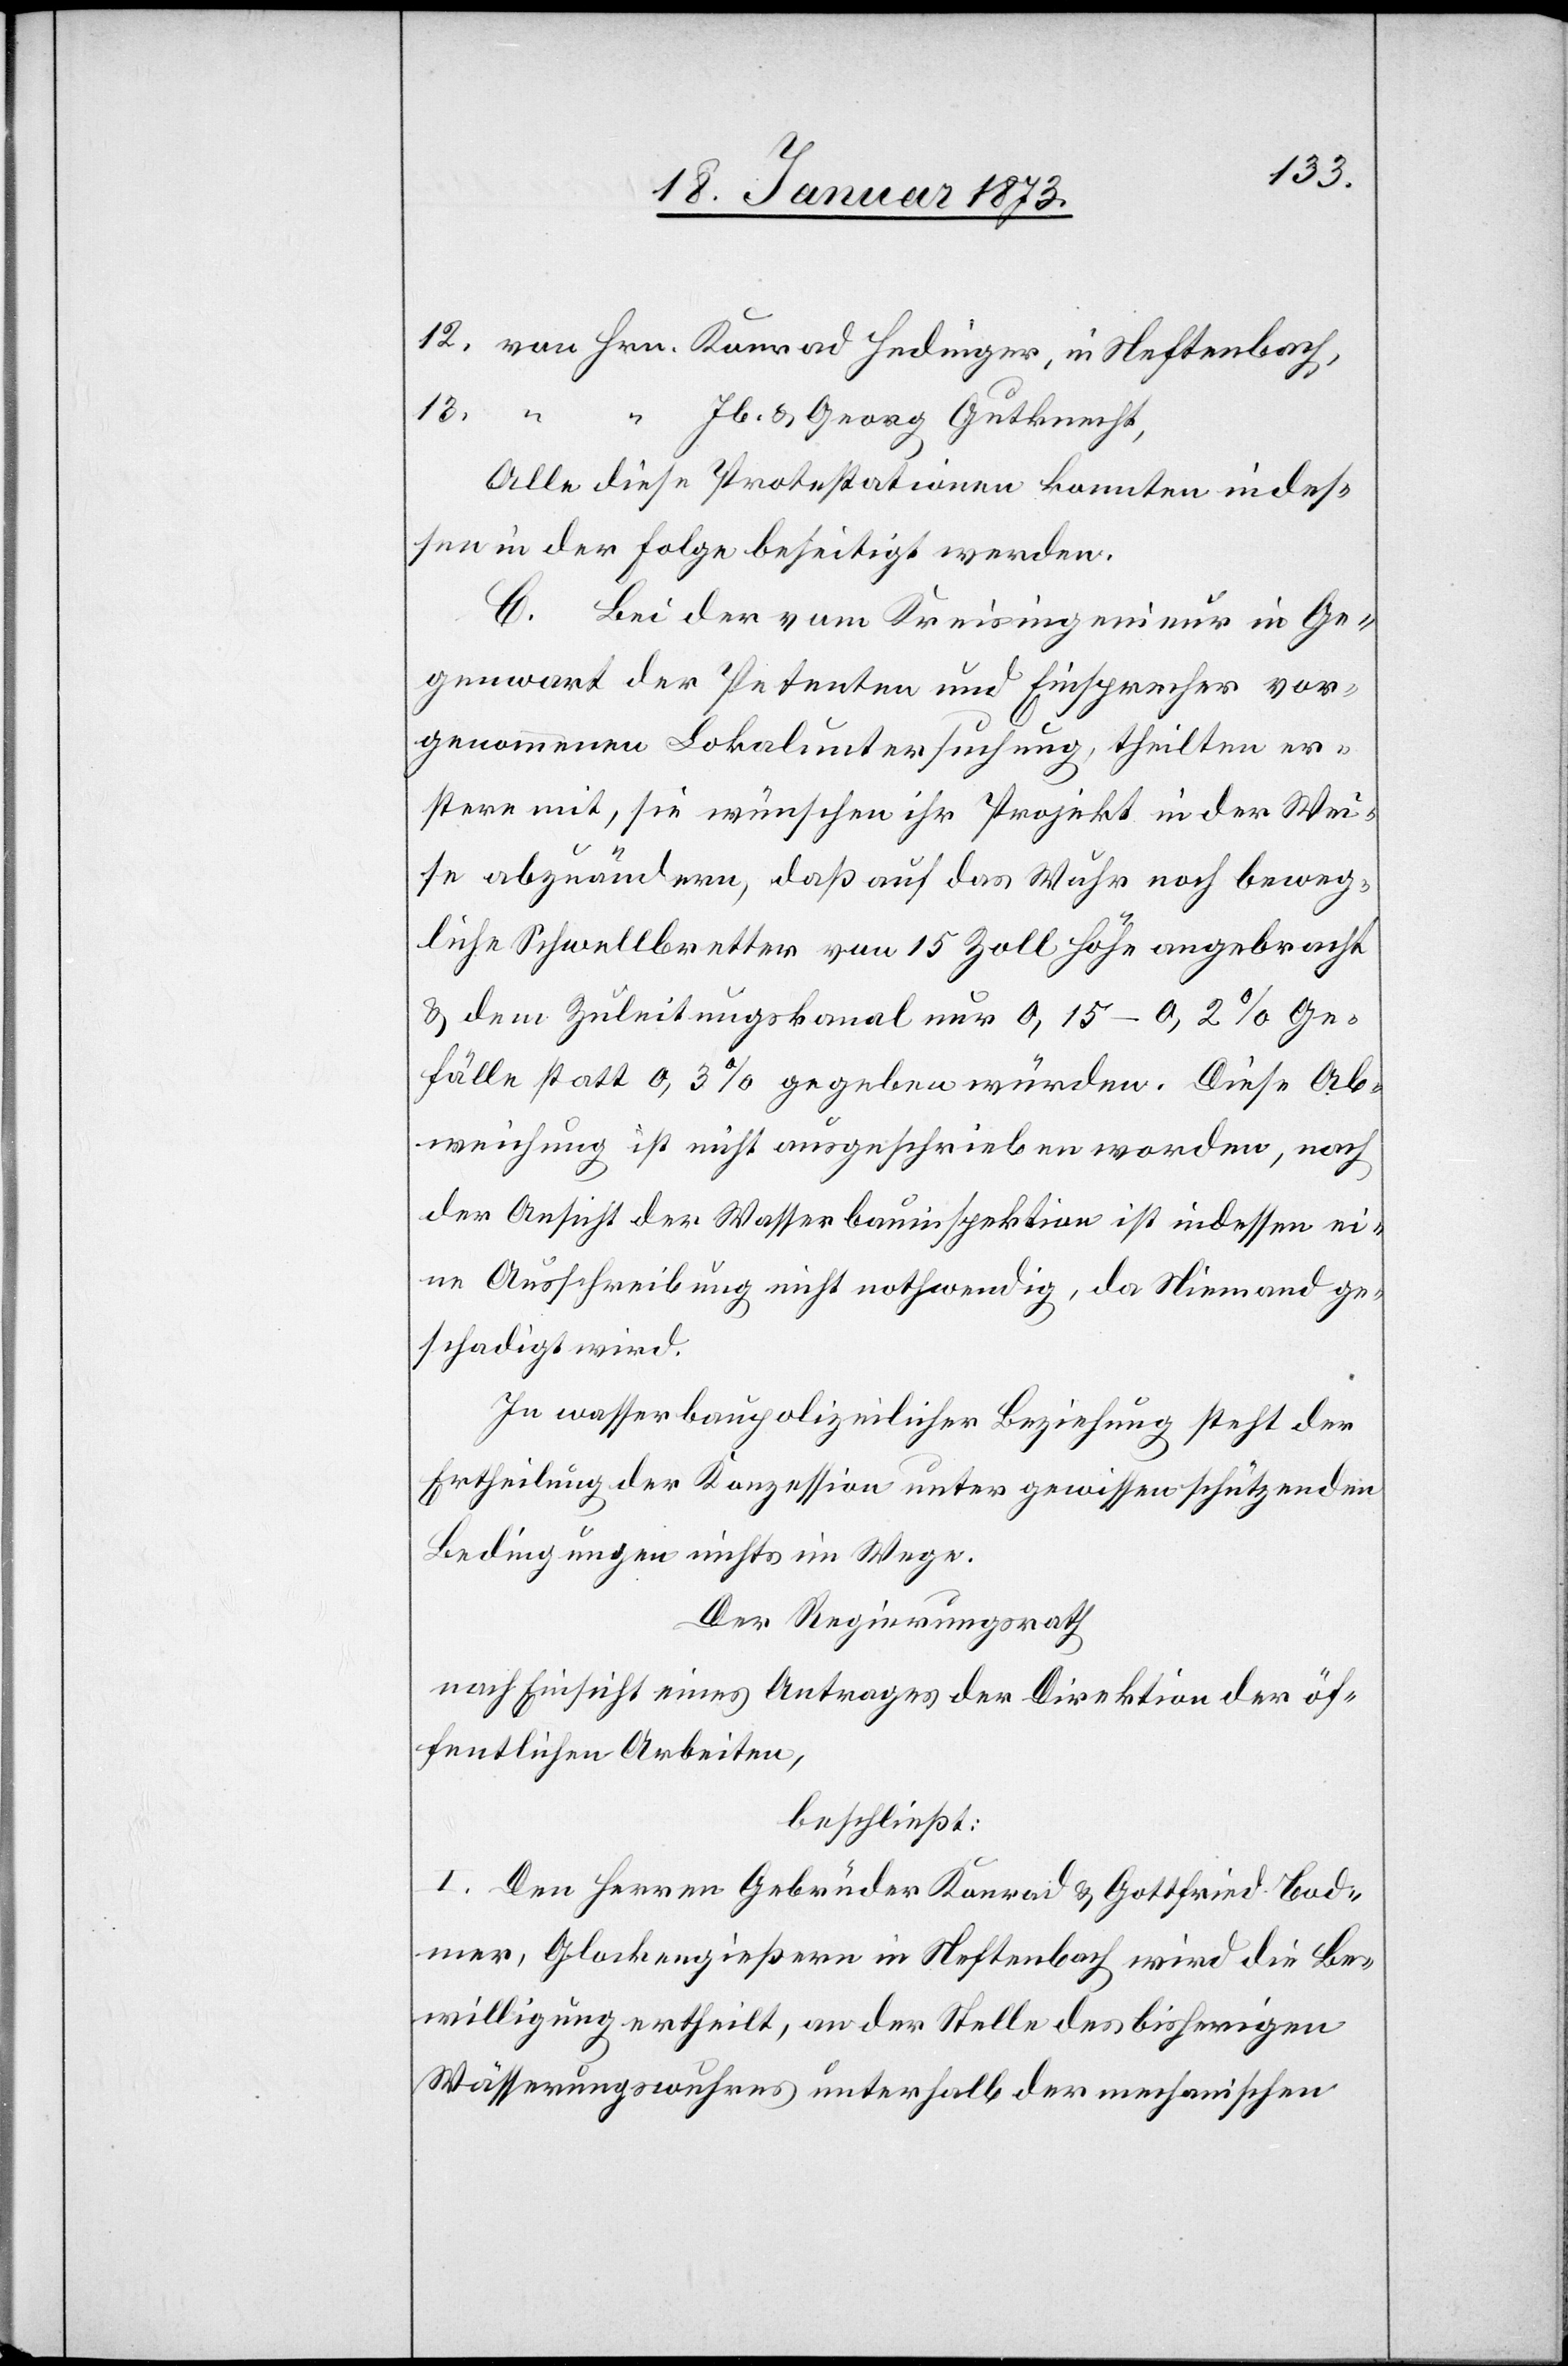
12. von Hrn. Konrad Hedinger, in Neftenbach,
13. “ “ Jb. u. Georg Gutknecht,
Alle diese Protestationen konnten indes¬
sen in der Folge beseitigt werden.
C. Bei der vom Kreisingenieur in Ge¬
genwart der Petenten und Einsprecher vor¬
genommenen Lokaluntersuchung, theilten er¬
stere mit, sie wünschen ihr Projekt in der Wei¬
se abzuändern, daß auf das Wuhr noch beweg¬
liche Schwellbretter von 15 Zoll Höhe angebracht
u. dem Zuleitungskanal nur 0,15–0,2% Ge¬
fälle statt 0,3% gegeben würden. Diese Ab¬
weichung ist nicht ausgeschrieben worden, nach
der Ansicht der Wasserbauinspektion ist indessen ei¬
ne Ausschreibung nicht nothwendig, da Niemand ge¬
schadigt wird.
In wasserbaupolizeilicher Beziehung steht der
Ertheilung der Konzession unter gewissen schützenden
Bedingungen nichts im Wege.
Der Regierungsrath
nach Einsicht eines Antrages der Direktion der öf¬
fentlichen Arbeiten,
beschließt:
I. Den Herren Gebrüder Konrad u. Gottfried Bod¬
mer, Glockengießern in Neftenbach wird die Be¬
willigung ertheilt, an der Stelle des bisherigen
Wässerungswuhres unterhalb der mechanischen